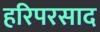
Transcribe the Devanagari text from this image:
हरिपरसाद